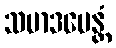
သမာဒပေန္တံ